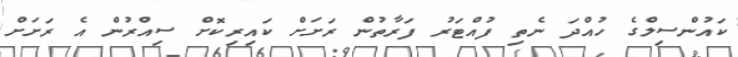
ކައުންސިލްގެ ހުއްދަ ނެތި ފުއްޓަރު ފަރާތުން ރަށަށް ކައިރިކޮށް ސިއްރުން އެ ރަށަށް